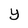
Character: y